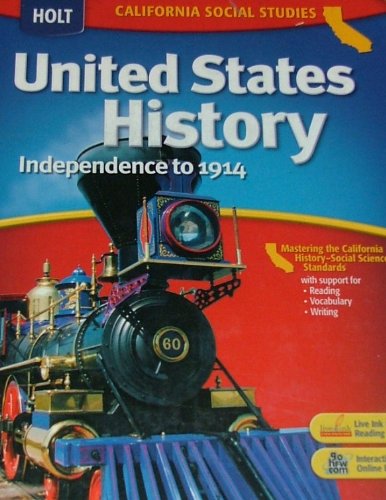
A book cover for Holt United States History California: Student Edition Grades 6-8 Beginnings to 1914 2006; RINEHART AND WINSTON HOLT; Teen & Young Adult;